Statistical return of the lunatic asylum in Assam - 1912-1932
Year: 1912
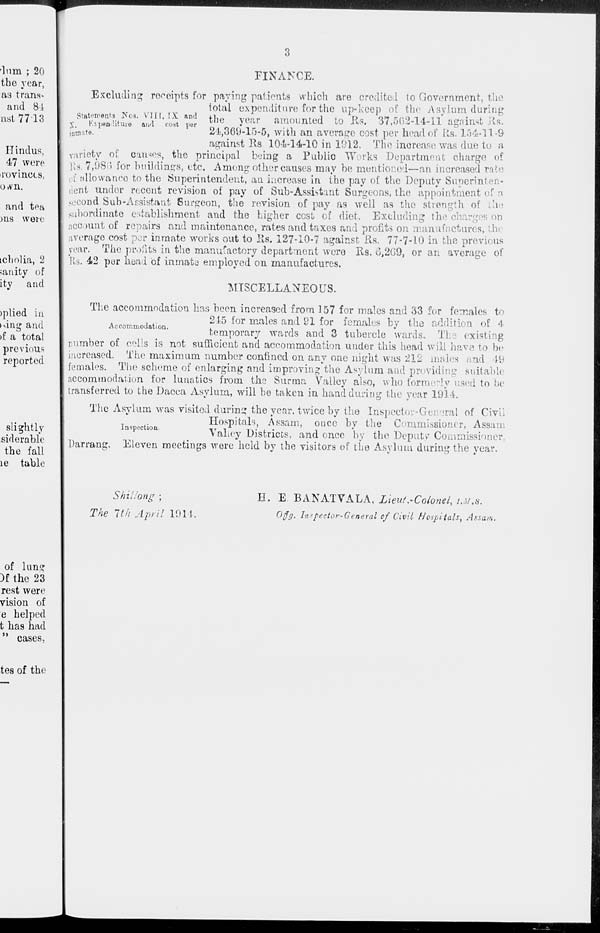
lum ; 20
the year,
as trans-
and 81
nst7713
Hindus,
47 were
rovinccs,
o»vn.
and tea
ms were
tcholia, 2
sanity of
ity and
>plied in
»sing and
>f a total
previous
reported
sli ghtly
siderable
the fall
le table
of lung
)f the 23
rest were
vision of
e helped
t has had
FINANCE.
Excluding receipts for paying patients which are credited to Government, the
total expenditure for the up-kcep of the Asylum during
Statements Nos. vnr, IX and tl)0 year amounte d to Ks. 37,562-14-11 against Jcls.
V, I'. >. pen lit me an-I cost per
;'
' ,
°_ , . _ 1 „
■ ntna te.
24,369-15-5, with an average cost per head of Ks. lo4--i 1.-9
against 11s 104-14-10 in 1912. The increase was due to a
variety of causes, the principal being a Public Works Department charge of
its. 7,980 for buildings, etc. Among other causes may he mentioned—an increased rate
of ;diovvaneo to the Superintendent, an increase in the pay of the Deputy Superinten-
dent under recent revision of pay of Sub-Assistant Surgeons, the appointment of a
second Sub-Assistant 8urgeon, the revision of pay as well as the strength of b
subordinate establishment and the higher cost of diet. Excluding the cr.
on
account of repairs and maintenance, rates and taxes and profits on manufactures, the
average cost per inmate works out to lls. 127-10-7 against Rs. 77-7-10 in the previous
year. The promts in the manufactory department were Rs. 6,209, or an average of
Rs. 42 per head of ininate employed on manufactures.
MISCELLANEOUS.
The accommodation has been increased from 157 for males and 33 for females to
Accommodation.
215 for males and 91 for
temporary wards and 3
females by the addition of 4
tubercle wards. The existing
number of e fi l!s is not sufficient and accommodation under this head will have to be
increased. The maximum number confined on any one night was 212 males and 49
females. The scheme of enlarging and improving the Asylum and providing suitable
accommodation for lunatics from the Surma Valley also, who formerly used to be
transferred to the Dacca Asylum, will he taken in hand during the year 1914.
The Asylum was visited during the year, twice by the Inspects ' • asral of Civil
Hospitals, Assam, once by the Commissioner, Assam
D8pec 10n
Vahey Districts, and once by the Deputy Commissioner,
Darrang. Eleven meetings were held by the visitors of the Asylum during the year.
S hit long ;
The nth April 1914.
H. E. BANATVALA, Lieut.-Colonel, u/.s.
Ojjg. Inspector-General of Civil Hospitals, Assam.
ii
cases.
tes of the